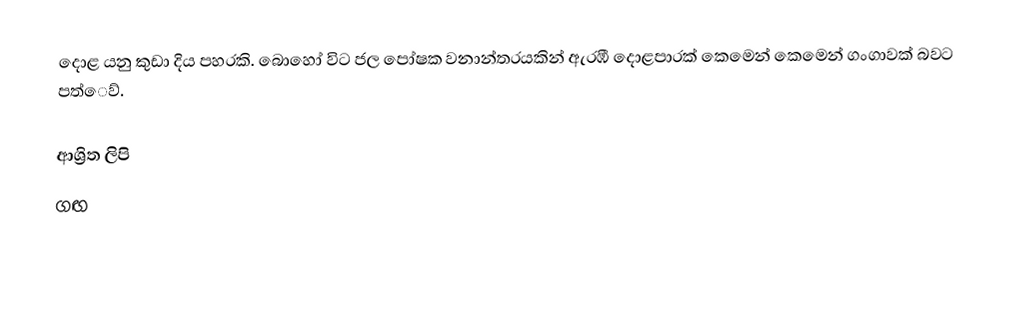
දොළ යනු කුඩා දිය පහරකි. බොහෝ විට ජල පෝෂක වනාන්තරයකින් ඇරඹී දොළපාරක් කෙමෙන් කෙමෙන් ගංගාවක් බවට පත්ෙව්.

ආශ්‍රිත ලිපි
 ගඟ